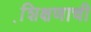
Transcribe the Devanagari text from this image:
शि़क्षणाची